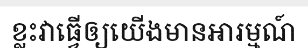
ខ្លះវាធ្វើឲ្យយើងមានអារម្មណ៍